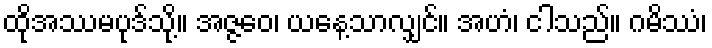
ထိုအဿမပုဒ်သို့။ အဇ္ဇဝေ၊ ယနေ့သာလျှင်။ အဟံ၊ ငါသည်။ ဂမိဿံ၊